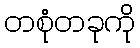
တစုံတခုကို